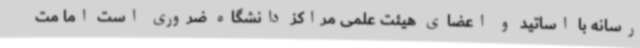
رسانه با اساتید و اعضای هیئت‌ علمی مراکز دانشگاه ضروری است اما مت